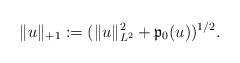
LaTeX: \begin{align*}\|u\|_{+1}:=(\|u\|_{L^2}^2+\mathfrak{p}_0(u))^{1/2}.\end{align*}